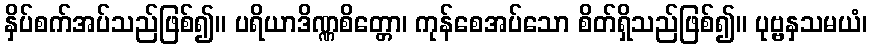
နှိပ်စက်အပ်သည်ဖြစ်၍။ ပရိယာဒိဏ္ဏစိတ္တော၊ ကုန်စေအပ်သော စိတ်ရှိသည်ဖြစ်၍။ ပုဗ္ဗနှသမယံ၊